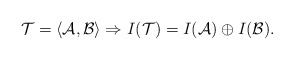
\begin{align*} \mathcal{T}=\langle \mathcal{A}, \mathcal{B} \rangle \Rightarrow I(\mathcal{T}) = I(\mathcal{A}) \oplus I(\mathcal{B}).\end{align*}